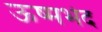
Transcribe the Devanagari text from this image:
ऊष्मभेद